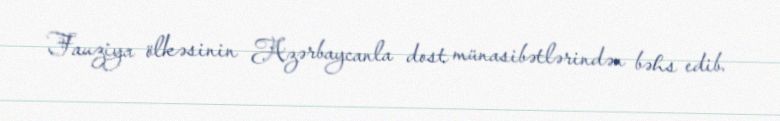
Fauziya ölkəsinin Azərbaycanla dost münasibətlərindən bəhs edib.